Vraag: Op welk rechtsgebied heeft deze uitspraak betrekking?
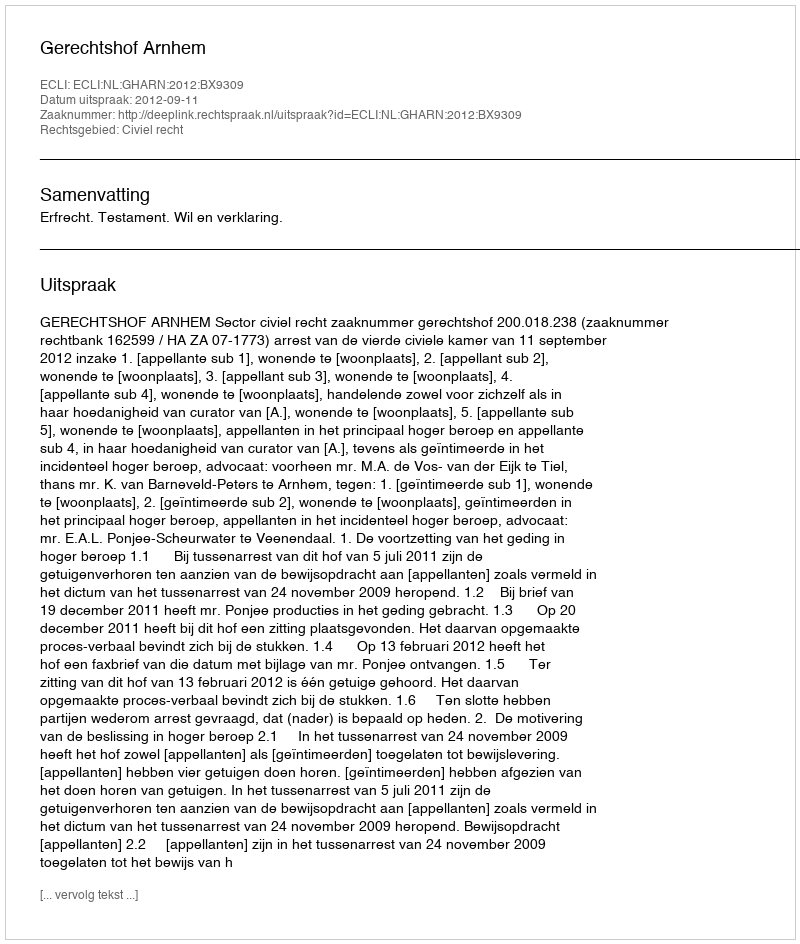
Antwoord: Civiel recht